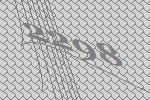
2298